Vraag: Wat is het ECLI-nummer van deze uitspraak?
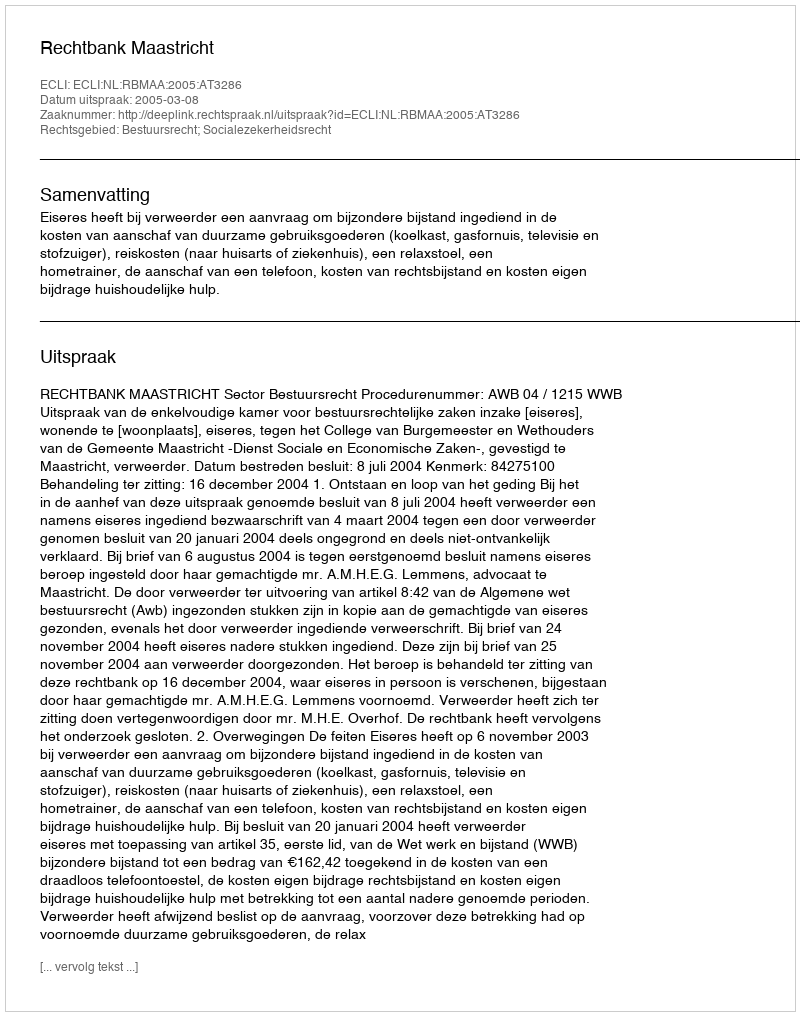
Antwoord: ECLI:NL:RBMAA:2005:AT3286